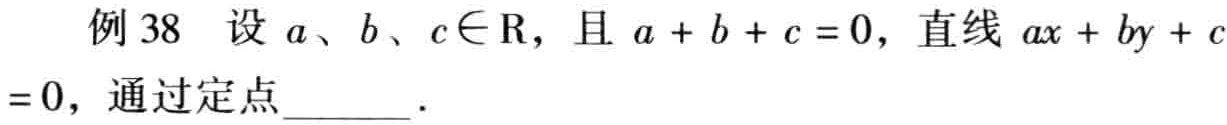
例 38 设 \(a、b、c\in \mathrm{R}\)，且 \(a + b + c = 0\)，直线 \(ax + by + c = 0\)，通过定点  ．